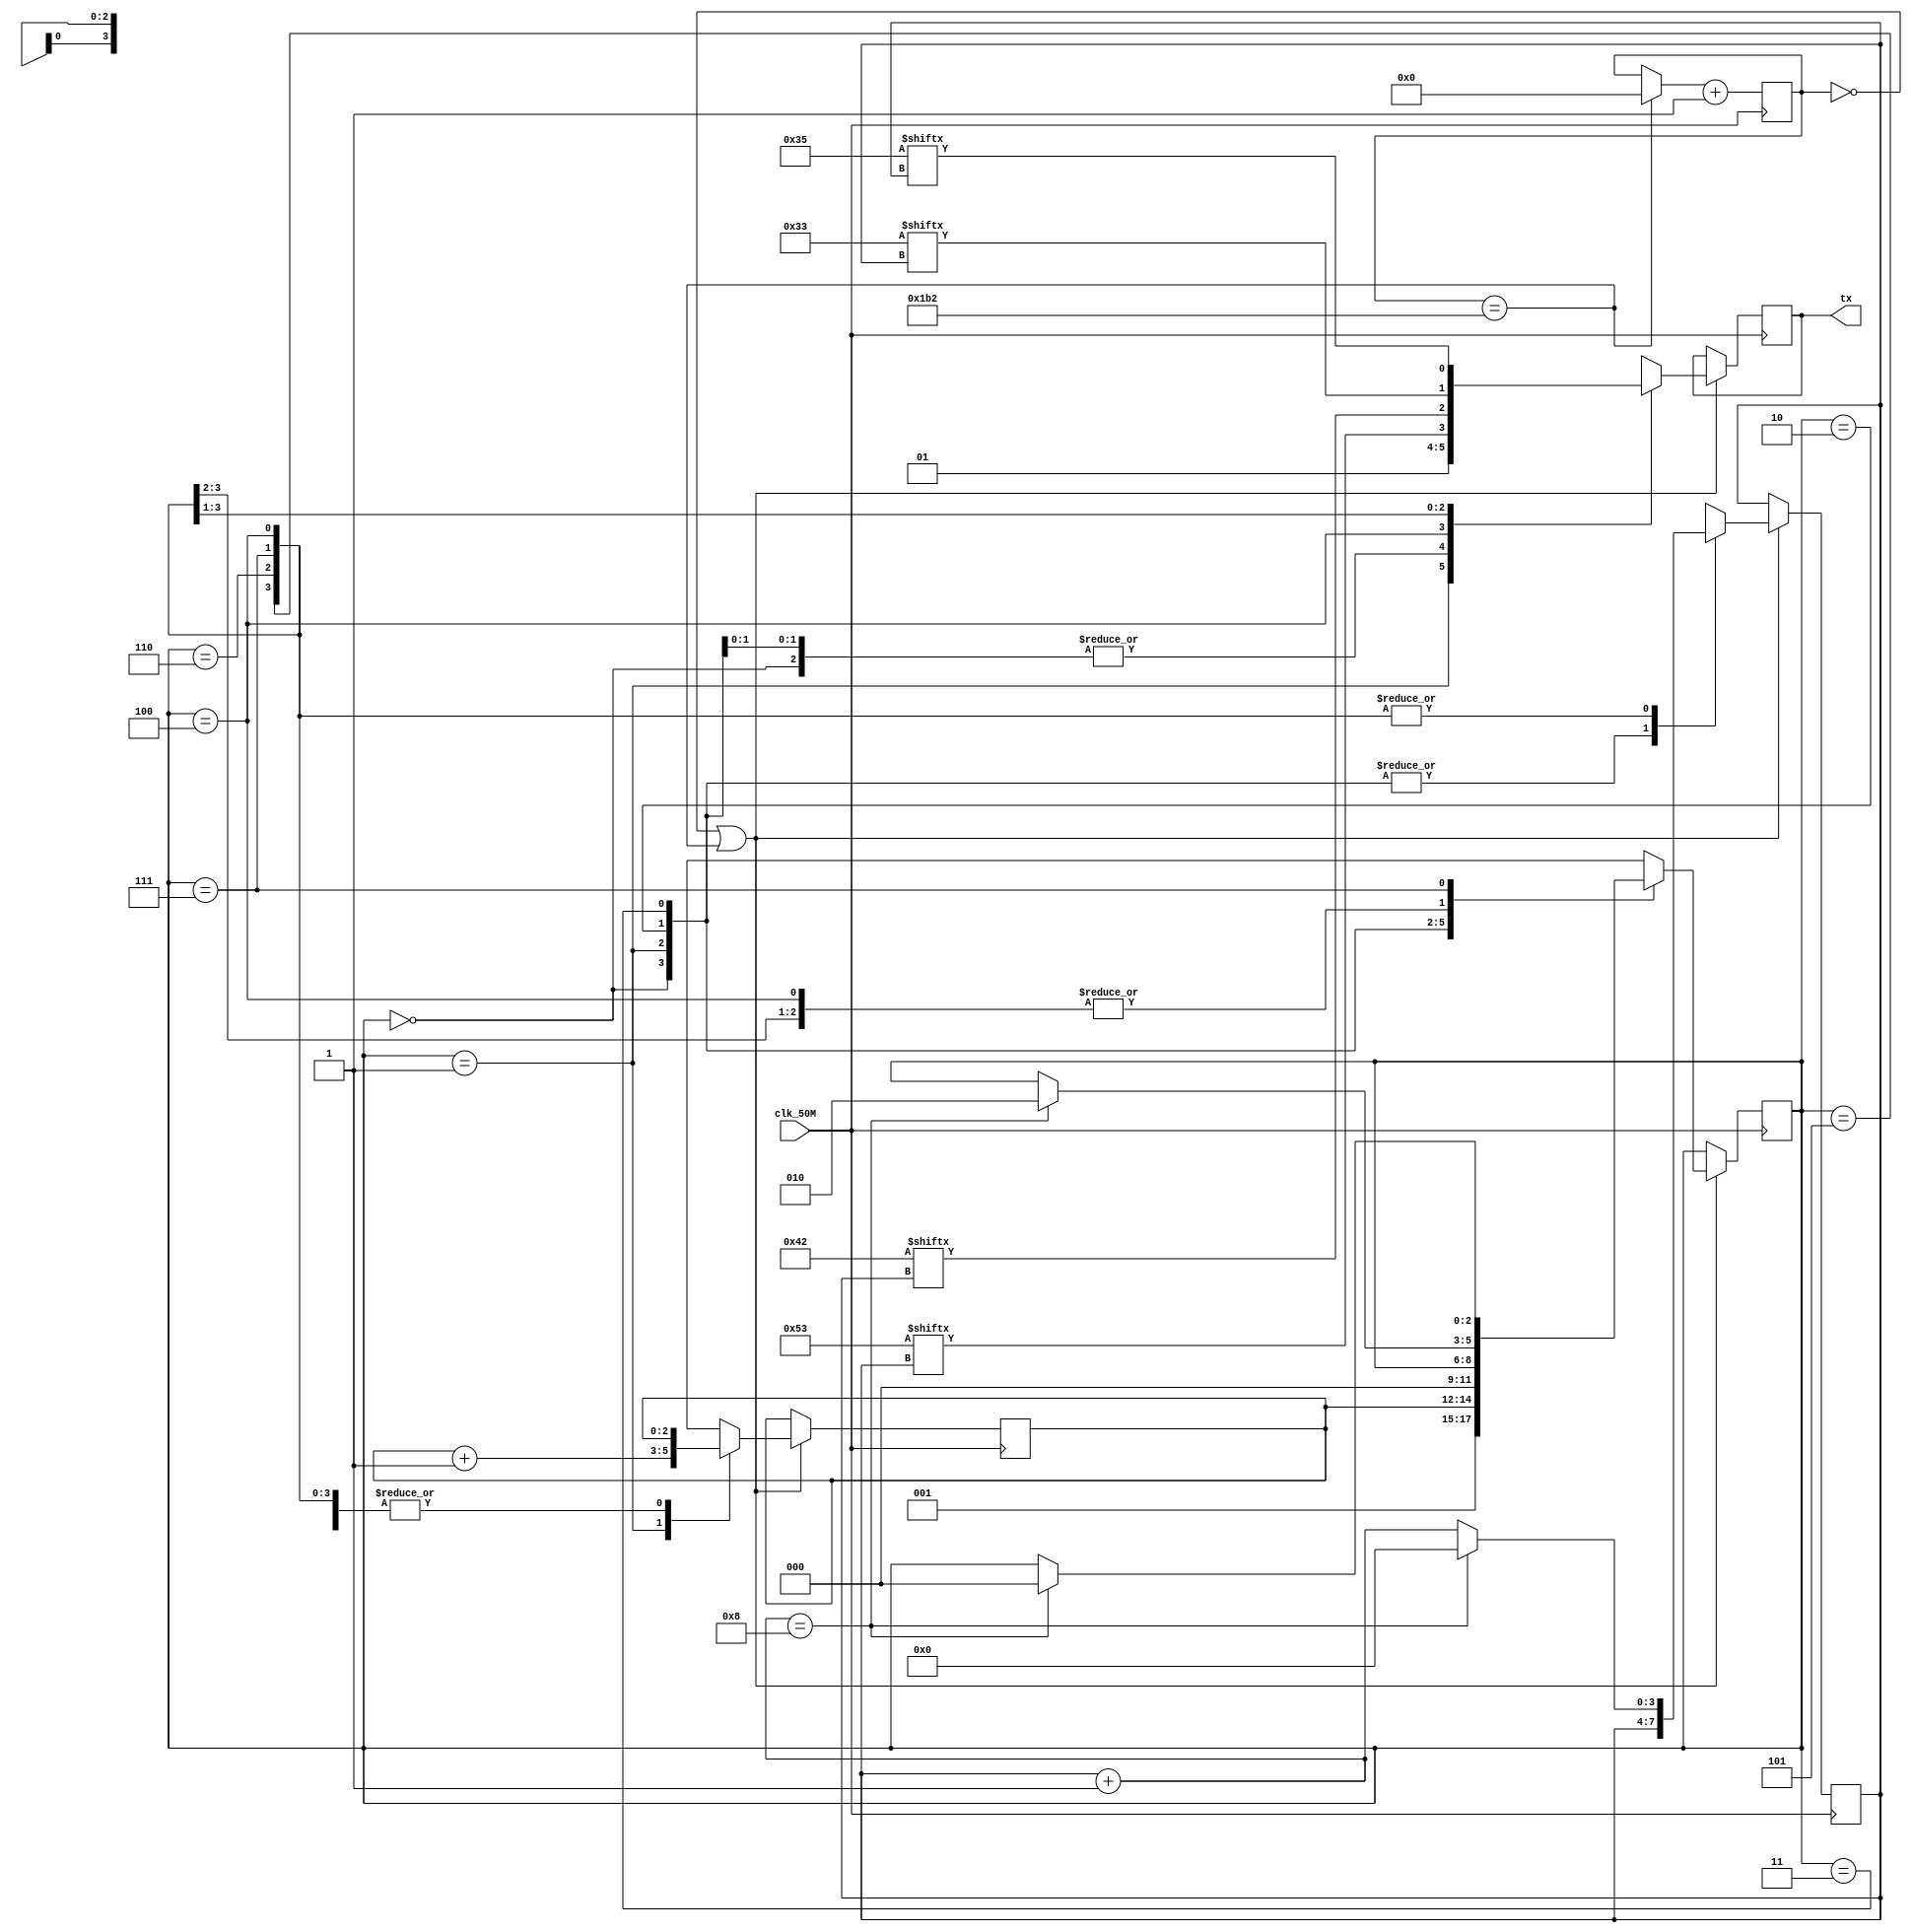
// SB : Task 2 B : UART
/*
Instructions
-------------------
Students are not allowed to make any changes in the Module declaration.
This file is used to design UART Transmitter.

Recommended Quartus Version : 19.1
The submitted project file must be 19.1 compatible as the evaluation will be done on Quartus Prime Lite 19.1.

Warning: The error due to compatibility will not be entertained.
-------------------
*/

//UART Transmitter design
//Input   : clk_50M : 50 MHz clock
//Output  : tx : UART transmit output

//////////////////DO NOT MAKE ANY CHANGES IN MODULE//////////////////
module uart(
	input clk_50M,	//50 MHz clock
	output tx		//UART transmit output
);
////////////////////////WRITE YOUR CODE FROM HERE////////////////////
// 434 ==> 110110010

reg Tx ;
assign tx = Tx ;

localparam 
				idle      = 3'b000 ,
				start     = 3'b001 ,
				stop      = 3'b010 ,
				terminate = 3'b011 ,
				S_letter  = 3'b100 ,                      // --------------------------//  
			   B_letter  = 3'b101 ,                      //   Made by Team - 1135     // 
			   X_letter  = 3'b110 ,                      // --------------------------//
				Y_letter  = 3'b111 ;

reg [8:0]counter = 9'b00 ; 				
reg [2:0]cs = idle ;	
reg [2:0]data = 3'b100 ;
reg [3:0]bit_counter = 4'b00 ;	
reg [7:0]s_letter = 8'b1010011 ;
reg [7:0]b_letter = 8'b1000010 ;                 
reg [7:0]x_letter = 8'b0110011 ;
reg [7:0]y_letter = 8'b0110101 ;
	
always @ (posedge clk_50M) 
begin 

if (counter == 0 || counter == 9'b110110010 )
begin 

case (cs)

			idle :
					begin 
					Tx = 1 ;
					cs = start ;
					end 
					
			start : 
					 begin 
					 Tx = 0 ;
					 cs = data ;
					 data = data + 1 ;
					 end 
					 
			stop :
					 begin 
					 Tx = 1 ;
					 cs = idle ;
					 end 
					 
			terminate :
						begin 
						Tx = 1 ;
						end 
						
			S_letter :
						begin 
						Tx = s_letter[bit_counter] ;
						bit_counter = bit_counter + 1 ;
						if (bit_counter == 4'b1000)
						begin 
						bit_counter = 0 ;
						cs = stop  ;
						end 
						end 
						
						
			B_letter :
						begin 
						Tx = b_letter[bit_counter] ;
						bit_counter = bit_counter + 1 ;
						if (bit_counter == 4'b1000)
						begin 
						bit_counter = 0 ;
						cs = stop  ;
						end 
						end 
						
						
			X_letter :
						begin 
						Tx = x_letter[bit_counter] ;
						bit_counter = bit_counter + 1 ;
						if (bit_counter == 4'b1000)
						begin 
						bit_counter = 0 ;
						cs = stop  ;
						end 
						end 
						
						
			Y_letter :
						begin 
						Tx = y_letter[bit_counter] ;
						bit_counter = bit_counter + 1 ;
						if (bit_counter == 4'b1000)
						begin 
						bit_counter = 0 ;
						cs = idle  ;
						end 
						end 
			

endcase 
end 

if (counter == 9'b110110010)
begin
	counter = 9'b0 ;
end 
counter = counter + 1 ;
end 

////////////////////////YOUR CODE ENDS HERE//////////////////////////
endmodule
///////////////////////////////MODULE ENDS///////////////////////////